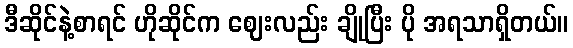
ဒီဆိုင်နဲ့စာရင် ဟိုဆိုင်က ဈေးလည်း ချိုပြီး ပို အရသာရှိတယ်။